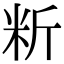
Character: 䉼